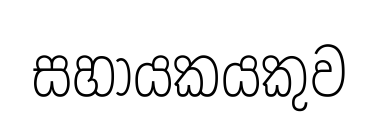
සහායකයකුව